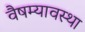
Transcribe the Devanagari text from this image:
वैषम्यावस्था